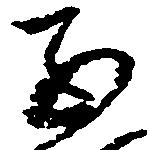
子